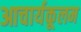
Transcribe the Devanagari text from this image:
आचार्यकूलम